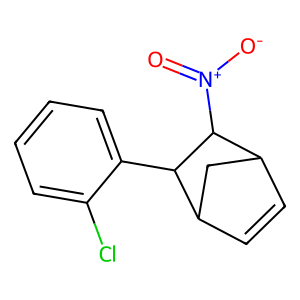
SMILES: O=[N+]([O-])C1C2C=CC(C2)C1c1ccccc1Cl
Inhibits HIV replication: No